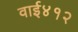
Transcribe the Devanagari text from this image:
वाई४१२